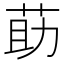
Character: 莇